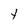
Character: t